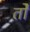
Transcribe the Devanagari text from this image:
तोे